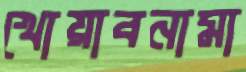
খোয়াবনামা